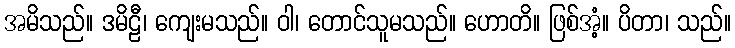
အမိသည်။ ဒမိဠီ၊ ကျေးမသည်။ ဝါ၊ တောင်သူမသည်။ ဟောတိ။ ဖြစ်အံ့။ ပိတာ၊ သည်။